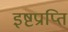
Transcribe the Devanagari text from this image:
इष्टप्राप्ति